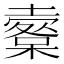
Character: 𡒩